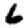
Digit: 6